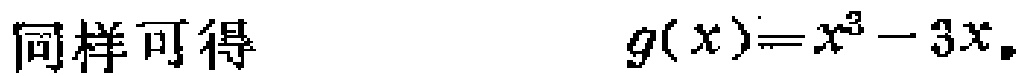
同样可得 \[g(x)=x^{3}-3x.\]